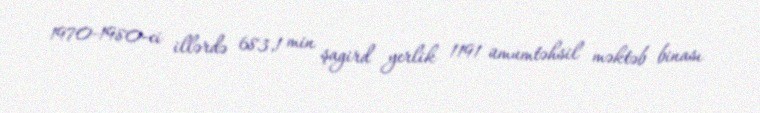
1970-1980-ci illərdə 683,1 min şagird yerlik 1191 ümumtəhsil məktəb binası